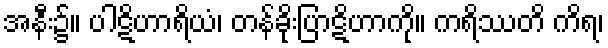
အနီး၌။ ပါဋိဟာရိယံ၊ တန်ခိုးပြာဋိဟာကို။ ကရိဿတိ ကိရ၊